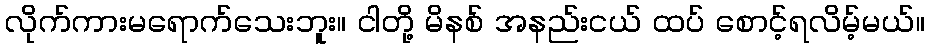
လိုက်ကားမရောက်သေးဘူး။ ငါတို့ မိနစ် အနည်းငယ် ထပ် စောင့်ရလိမ့်မယ်။